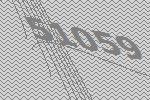
51059